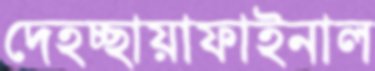
দেহচ্ছায়াফাইনাল